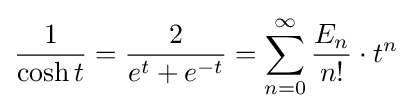
{\frac {1}{\cosh t}}={\frac {2}{e^{t}+e^{-t}}}=\sum _{n=0}^{\infty }{\frac {E_{n}}{n!}}\cdot t^{n}